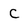
Character: C